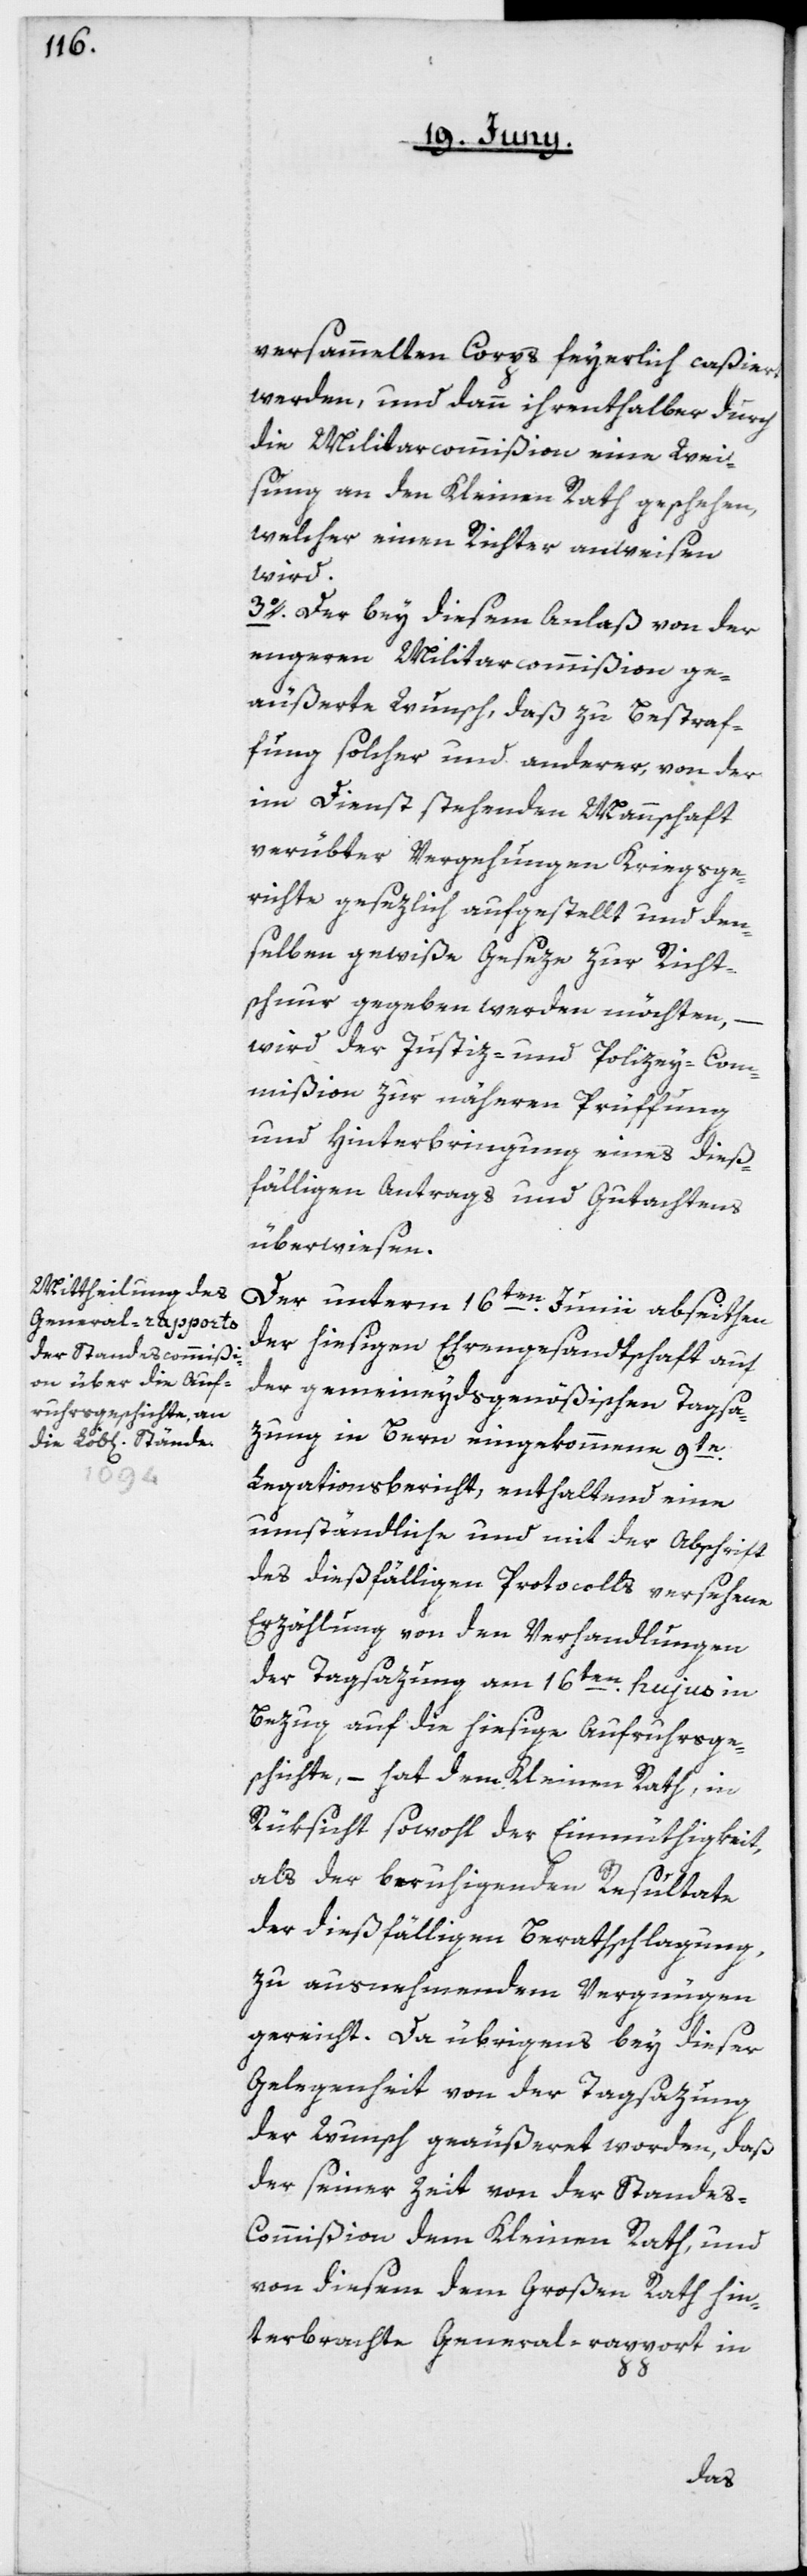
versammelten Corps feyerlich caßiert
werden, und dann ihrenthalber durch
die Militarcommißion eine Wei¬
sung an den Kleinen Rath geschehen,
welcher einen Richter anweisen
wird.
3o. Der bey diesem Anlaß von der
engeren Militarcommißion ge¬
äußerte Wunsch, daß zu Bestraf¬
fung solcher und anderer, von der
im Dienst stehenden Mannschaft
verübter Vergehungen Kriegsge¬
richte gesezlich aufgestellt und den¬
selben gewiße Geseze zur Richt¬
schnur gegeben werden möchten,
–
wird der Justiz- und Polizey-Com¬
mißion zur näheren Prüffung
und Hinterbringung eines dieß¬
fälligen Antrags und Gutachtens
überwiesen.
Der unterm 16ten Junii abseiten
der hiesigen Ehrengesandtschaft auf
der gemeineydsgenößischen Tagsa¬
zung in Bern eingekommene 9te
Legationsbericht, enthaltend eine
umständliche und mit der Abschrift
des dießfälligen Protocolls versehene
Erzählung von den Verhandlungen
der Tagsazung am 16ten hujus in
Bezug auf die hiesige Aufruhrsge¬
schichte, – hat dem Kleinen Rath, in
Rüksicht sowohl der Einmüthigkeit,
als der beruhigenden Resultate
der dießfälligen Berathschlagung,
zu ausnehmendem Vergnügen
gereicht. Da übrigens bey dieser
Gelegenheit von der Tagsazung
der Wunsch geäußeret worden, daß
der seiner Zeit von der Stande¬
s-Commißion dem Kleinen Rath, und
von diesem dem Großen Rath hin¬
terbrachte General-rapport in